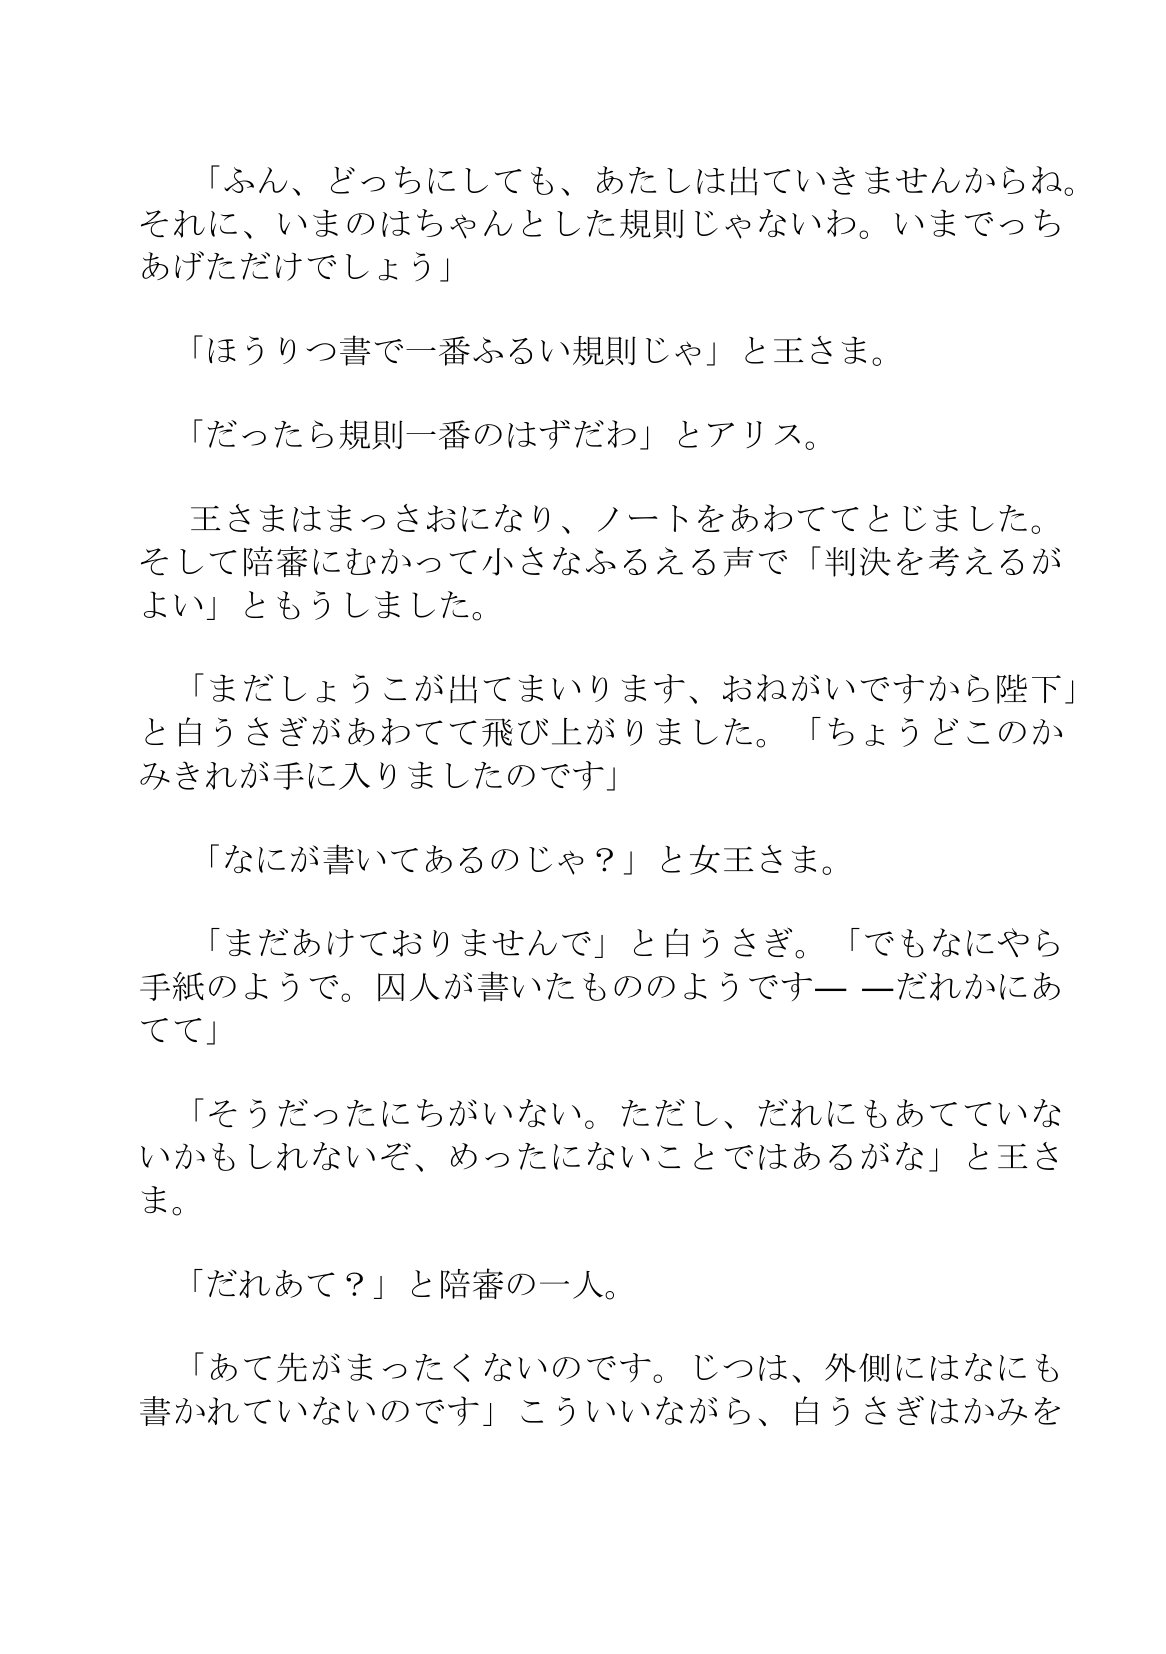
Language: ja